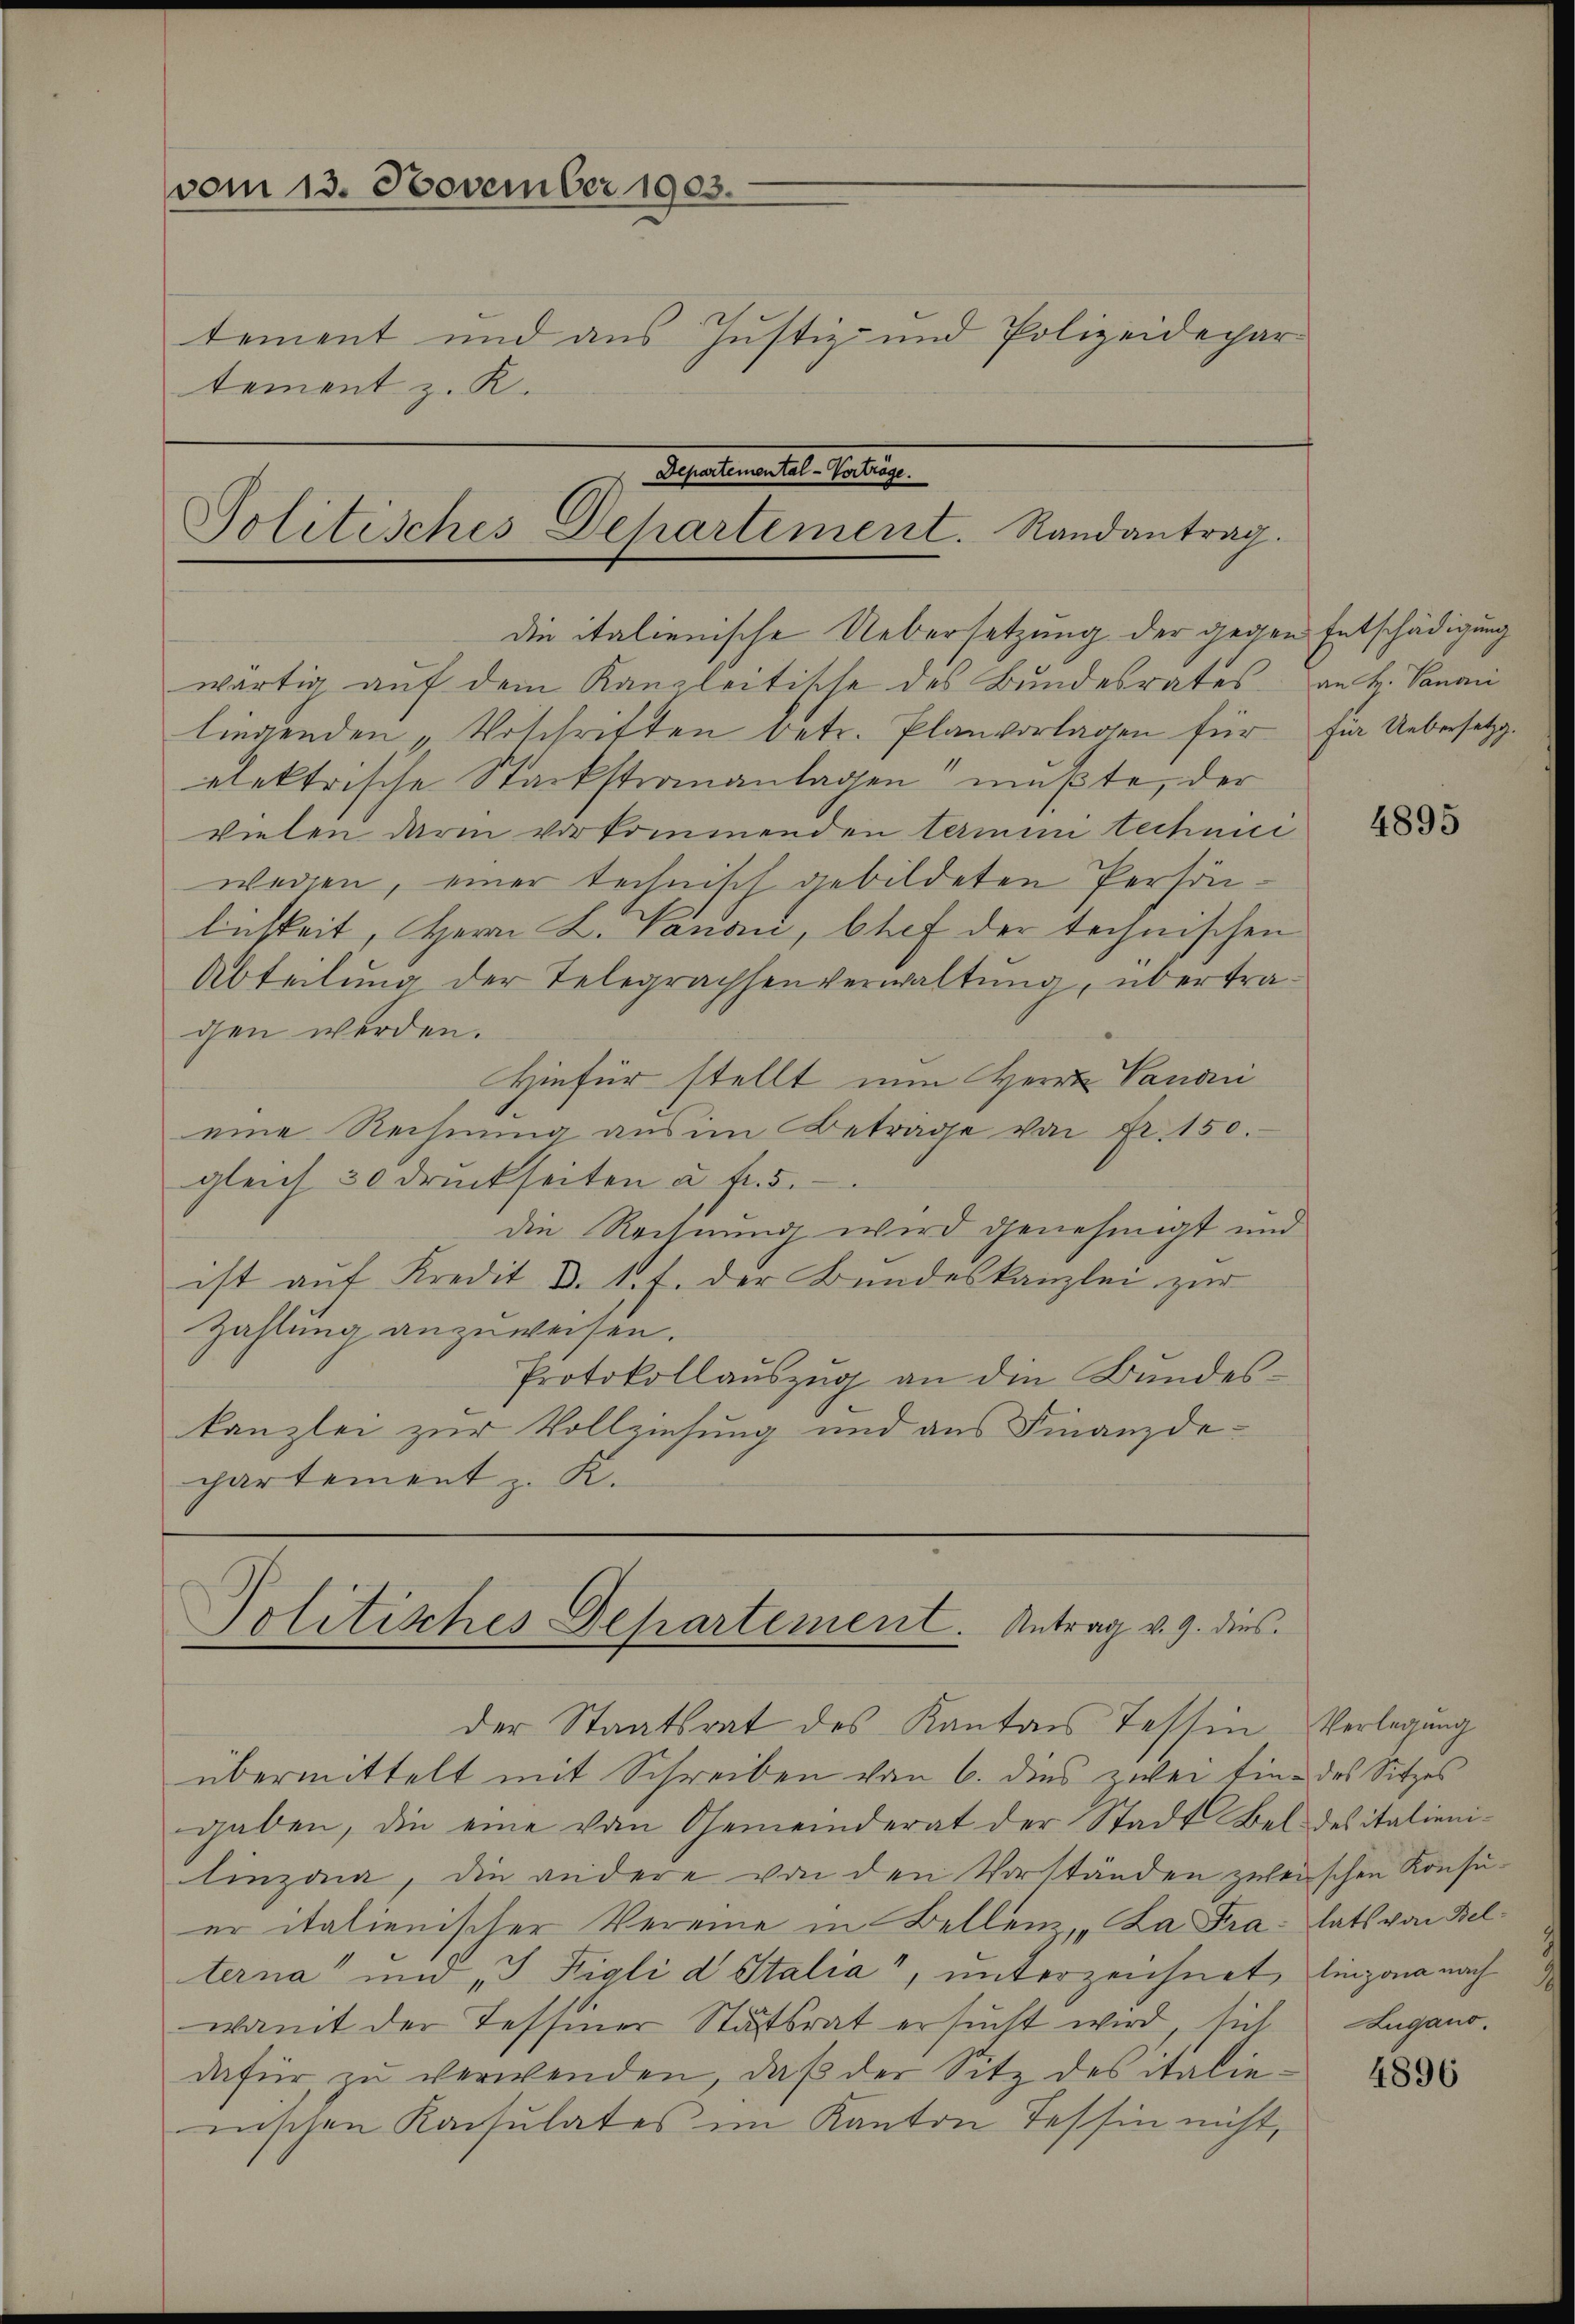
vom 13. November 1903.
tement und aus Justiz- und Polizeidepar-
tement z. R.

Departemental-Vertrage
Politisches Departement. Randantrag.
die italienische Uebersetzung der gegen Entschädigung

Politisches Departement. Antrag v. 9. dies

wärtig auf dem Kanzleitische des Bundesrates an H. Vanoni
liegenden „Verschriften betr. Planvorlagen für für Uebersetzg
elektrische Stackstrananlagen mußte, der
vielen darin vorkommenden termini technici
wegen, einer technisch gebildeten Persönlichkeit, Herrn L. Panon, Chef der technischen
Abteilung der Telegraphenverwaltung, übertragen werden.
Hiefür stellt nun Herrn Candi
eine Rechnŭng aus im Betrage von Fr. 150.
gleich 30 druckseiten u. fr. 5.
die Rechnung wird genehmigt und
ist aŭf Kredit d. 1. f. der Bŭndeskanzlei zur
Zahlung anzuweisen.
Protokollauszug an die Bundeskanzlei zur Vollziehung und aus Finanzdichartement z. K.

der Staatsrat des Kanton Tessin
übermittelt mit Schreiben von 6. dies zwei Eine des Sitzes
gaben, die eine von Gemeinderat der Stadt Bel des italieni-
linzona, die andere von den Vorständen zweischen Konsuer italienischer Vereine in Bellenz, „La Fra: tats von Belterna und „I figli d Italia“, unterzeichnet, linzona nach
womit der Tessiner Stätsrat ersŭcht wird, sich Lugano.
dafür zŭ verwenden, daβ der Sitz des italie-
nnischen Konsulates im Kanton Tessin nicht,

4895

Verlegung

4896